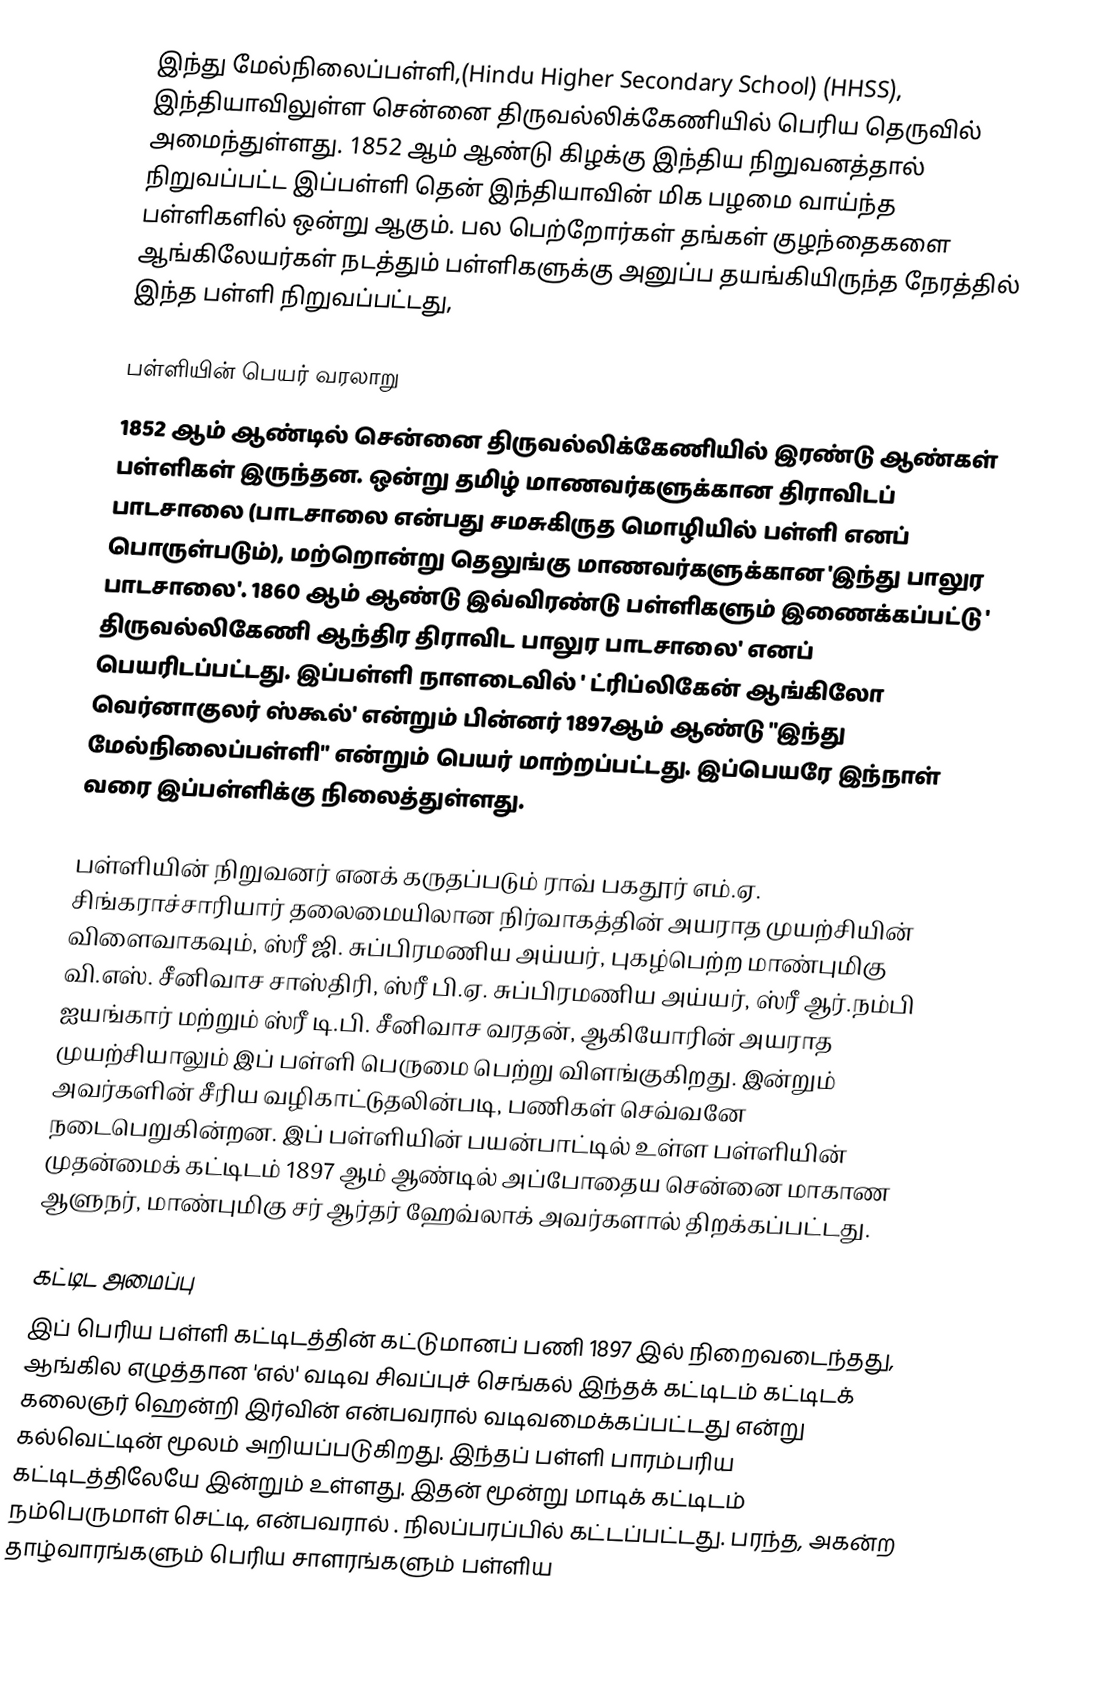
இந்து மேல்நிலைப்பள்ளி,(Hindu Higher Secondary School) (HHSS), இந்தியாவிலுள்ள சென்னை திருவல்லிக்கேணியில் பெரிய தெருவில் அமைந்துள்ளது.  1852 ஆம் ஆண்டு கிழக்கு இந்திய நிறுவனத்தால் நிறுவப்பட்ட இப்பள்ளி தென் இந்தியாவின் மிக பழமை வாய்ந்த பள்ளிகளில் ஒன்று ஆகும். பல பெற்றோர்கள் தங்கள் குழந்தைகளை ஆங்கிலேயர்கள் நடத்தும் பள்ளிகளுக்கு அனுப்ப தயங்கியிருந்த நேரத்தில் இந்த பள்ளி நிறுவப்பட்டது,

பள்ளியின் பெயர் வரலாறு
1852 ஆம் ஆண்டில் சென்னை திருவல்லிக்கேணியில்  இரண்டு ஆண்கள் பள்ளிகள் இருந்தன.  ஒன்று தமிழ் மாணவர்களுக்கான திராவிடப் பாடசாலை (பாடசாலை என்பது சமசுகிருத மொழியில் பள்ளி எனப் பொருள்படும்), மற்றொன்று தெலுங்கு மாணவர்களுக்கான 'இந்து பாலுர பாடசாலை'. 1860 ஆம் ஆண்டு இவ்விரண்டு பள்ளிகளும் இணைக்கப்பட்டு ' திருவல்லிகேணி ஆந்திர திராவிட பாலுர பாடசாலை' எனப் பெயரிடப்பட்டது.  இப்பள்ளி நாளடைவில் ' ட்ரிப்லிகேன் ஆங்கிலோ வெர்னாகுலர் ஸ்கூல்' என்றும் பின்னர் 1897ஆம் ஆண்டு "இந்து மேல்நிலைப்பள்ளி" என்றும் பெயர் மாற்றப்பட்டது.  இப்பெயரே இந்நாள் வரை இப்பள்ளிக்கு நிலைத்துள்ளது.

பள்ளியின் நிறுவனர் எனக் கருதப்படும் ராவ் பகதூர் எம்.ஏ. சிங்கராச்சாரியார் தலைமையிலான நிர்வாகத்தின் அயராத முயற்சியின் விளைவாகவும், ஸ்ரீ ஜி. சுப்பிரமணிய அய்யர், புகழ்பெற்ற மாண்புமிகு வி.எஸ். சீனிவாச சாஸ்திரி, ஸ்ரீ பி.ஏ. சுப்பிரமணிய அய்யர், ஸ்ரீ ஆர்.நம்பி ஐயங்கார் மற்றும் ஸ்ரீ டி.பி. சீனிவாச வரதன், ஆகியோரின் அயராத முயற்சியாலும் இப் பள்ளி பெருமை பெற்று விளங்குகிறது. இன்றும் அவர்களின் சீரிய வழிகாட்டுதலின்படி, பணிகள் செவ்வனே நடைபெறுகின்றன. இப் பள்ளியின் பயன்பாட்டில் உள்ள பள்ளியின் முதன்மைக் கட்டிடம் 1897 ஆம் ஆண்டில் அப்போதைய சென்னை மாகாண ஆளுநர், மாண்புமிகு சர் ஆர்தர் ஹேவ்லாக் அவர்களால் திறக்கப்பட்டது.

கட்டிட அமைப்பு
இப் பெரிய பள்ளி கட்டிடத்தின் கட்டுமானப் பணி 1897 இல் நிறைவடைந்தது, ஆங்கில எழுத்தான 'எல்' வடிவ சிவப்புச் செங்கல் இந்தக் கட்டிடம் கட்டிடக் கலைஞர் ஹென்றி இர்வின் என்பவரால் வடிவமைக்கப்பட்டது என்று கல்வெட்டின் மூலம் அறியப்படுகிறது. இந்தப் பள்ளி பாரம்பரிய கட்டிடத்திலேயே இன்றும் உள்ளது. இதன் மூன்று மாடிக் கட்டிடம் நம்பெருமாள் செட்டி, என்பவரால் . நிலப்பரப்பில் கட்டப்பட்டது. பரந்த, அகன்ற தாழ்வாரங்களும் பெரிய சாளரங்களும் பள்ளிய